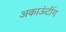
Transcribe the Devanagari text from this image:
अकाऊंटींग